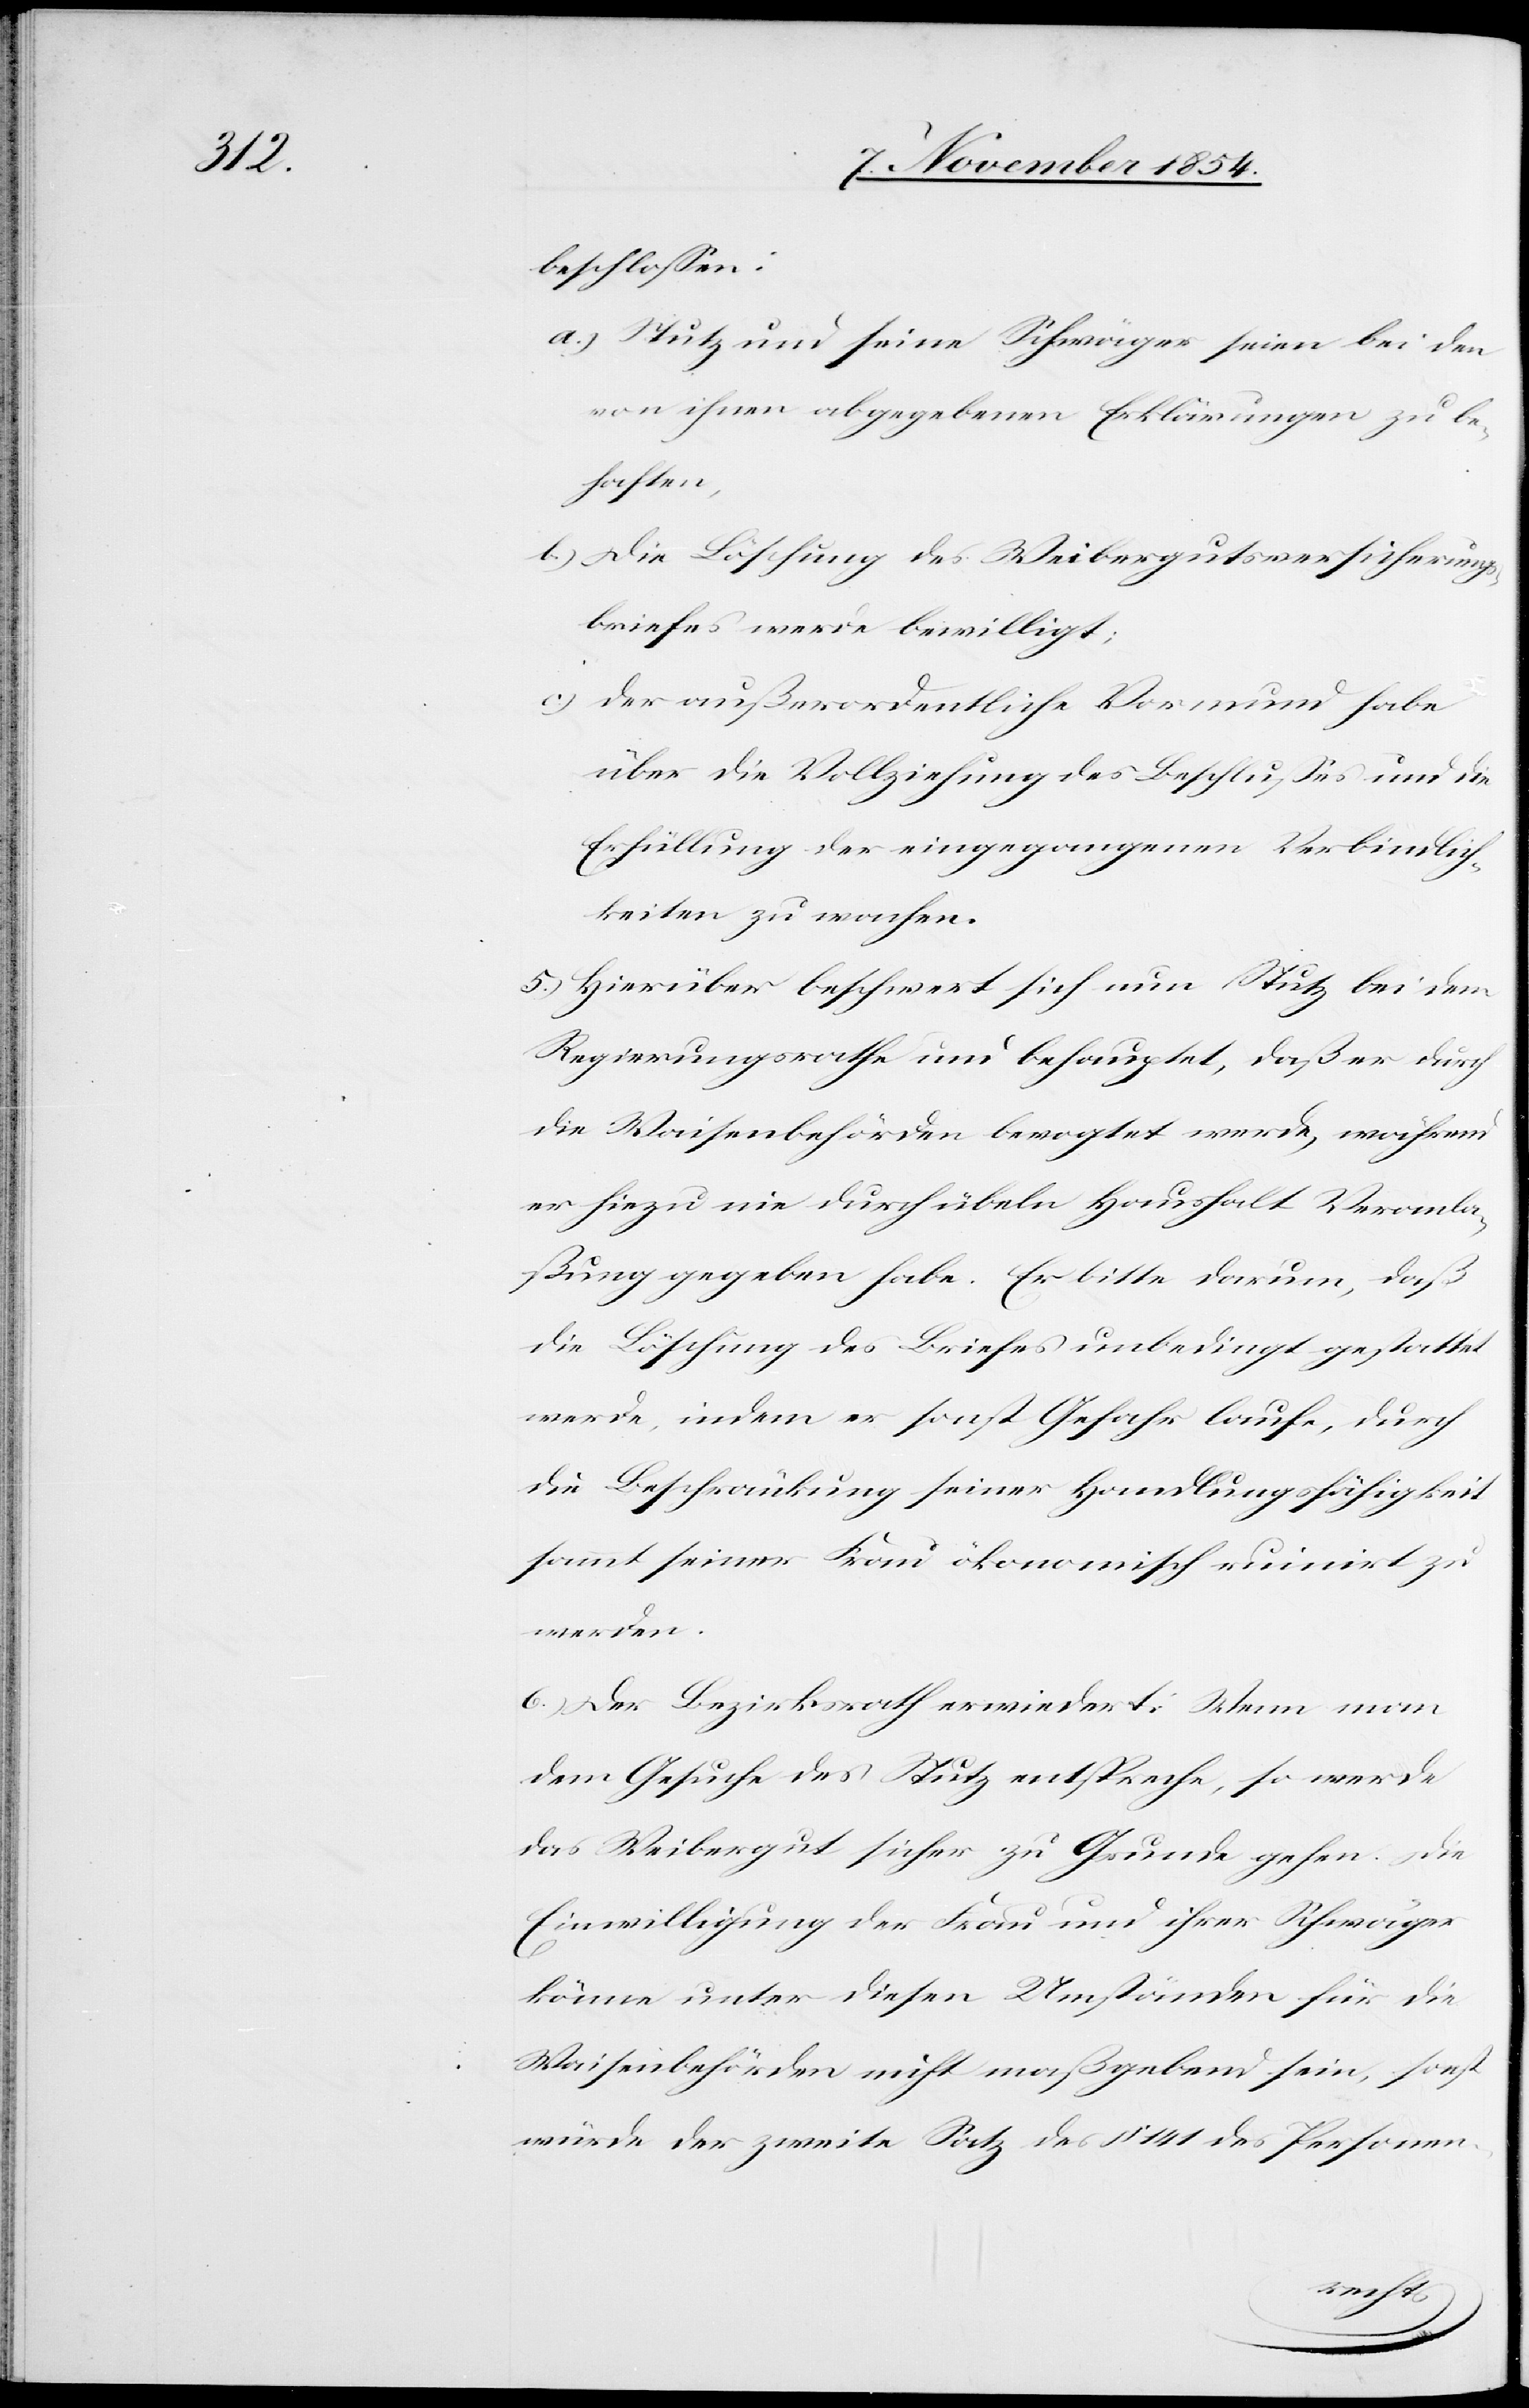
beschloßen:
a.) Stutz und seine Schwäger seien bei den
von ihnen abgegebenen Erklärungen zu be¬
haften,
b.) Die Löschung des Weibergutsversicherungs¬
briefes wurde bewilligt;
c.) der außerordentliche Vormund habe
über die Vollziehung des Beschlußes und die
Erfüllung der eingegangenen Verbindlich¬
keiten zu wachen.
5.) Hierüber beschwert sich nun Stutz bei dem
Regierungsrathe und behauptet, daß er durch
die Waisenbehörde bevogtet werde, während
er hiezu nie durch übeln Haushalt Veranla¬
ßung gegeben habe. Er bitte darum, daß
die Löschung des Briefes unbedingt gestattet
werde, indem er sonst Gefahr laufe, durch
die Beschränkung seiner Handlungsfähigkeit
sammt seiner Frau ökonomisch ruinirt zu
werden.
6.) Der Bezirksrath erwiedert: Wenn man
dem Gesuche des Stutz entspreche, so werde
das Weibergut sicher zu Grunde gehen. Die
Einwilligung der Frau und ihrer Schwäger
könne unter diesen Umständen für die
Waisenbehörden nicht maßgebend sein, sonst
würde der zweite Satz des § 141 des Personen-